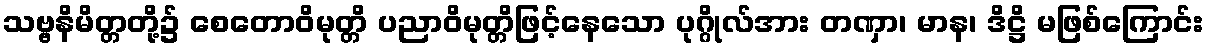
သဗ္ဗနိမိတ္တတို့၌ စေတောဝိမုတ္တိ ပညာဝိမုတ္တိဖြင့်နေသော ပုဂ္ဂိုလ်အား တဏှာ၊ မာန၊ ဒိဋ္ဌိ မဖြစ်ကြောင်း